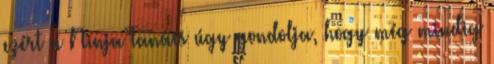
ezért a Ninja Tanács úgy gondolja, hogy még mindig